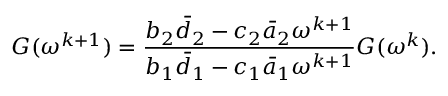
G ( \omega ^ { k + 1 } ) = \frac { b _ { 2 } \bar { d } _ { 2 } - c _ { 2 } \bar { a } _ { 2 } \omega ^ { k + 1 } } { b _ { 1 } \bar { d } _ { 1 } - c _ { 1 } \bar { a } _ { 1 } \omega ^ { k + 1 } } G ( \omega ^ { k } ) .